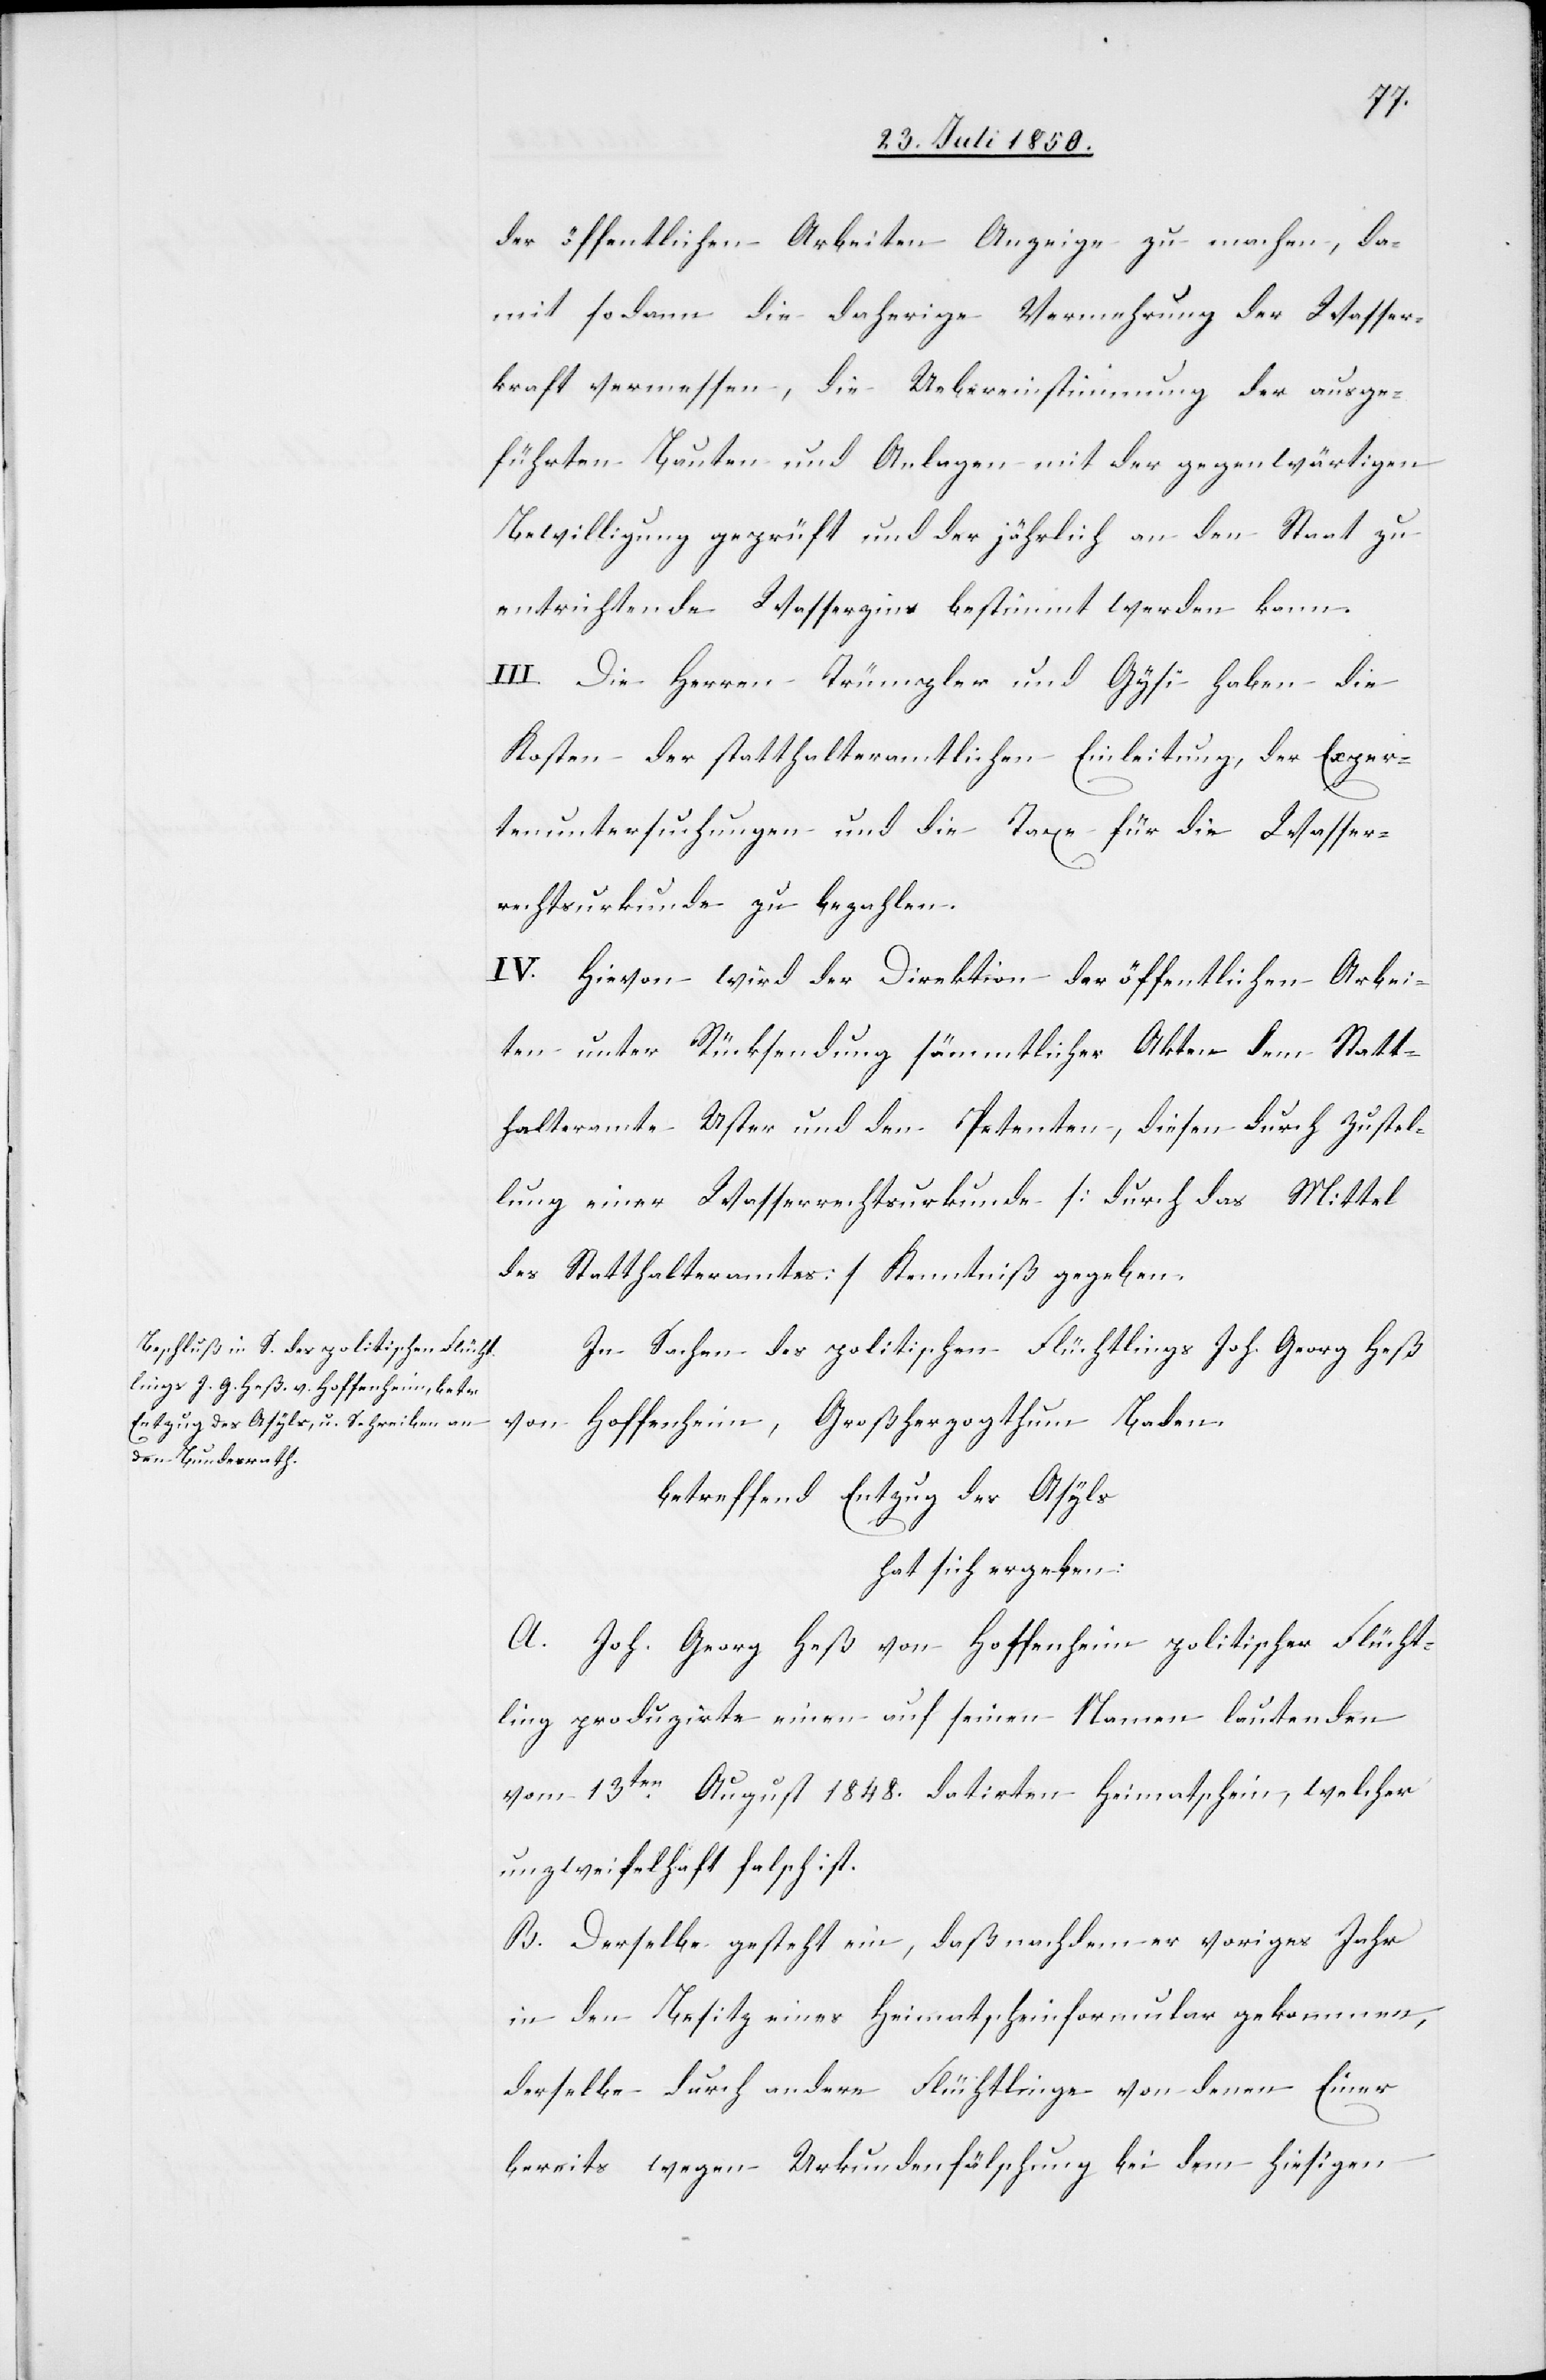
der öffentlichen Arbeiten Anzeige zu machen, da¬
mit sodann die daherige Vermehrung der Wasser¬
kraft vermessen, die Uebereinstimmung der ausge¬
führten Bauten und Anlagen mit der gegenwärtigen
Bewilligung geprüft und der jährlich an den Staat zu
entrichtende Wasserzins bestimmt werden kann.
III. Die Herren Trümpler und Gysi haben die
Kosten der statthalteramtlichen Einleitung, der Exper¬
tenuntersuchungen und die Taxe für die Wasser¬
rechtsurkunde zu bezahlen.
IV. Hievon wird der Direktion der öffentlichen Arbei¬
ten unter Rücksendung sämmtlicher Akten dem Statt¬
halteramte Uster und den Petenten, diesen durch Zustel¬
lung einer Wasserrechtsurkunde [durch das Mittel
des Statthalteramtes] Kenntniß gegeben.
In Sachen des politischen Flüchtlings Joh. Georg Heß
von Hoffenheim, Großherzogthum Baden
betreffend Entzug des Asyls.
hat sich ergeben:
A. Joh. Georg Heß von Hoffenheim politischer Flücht¬
ling produzirte einen auf seinen Namen lautenden
vom 13ten August 1848. datirten Heimatschein, welcher
unzweifelhaft falsch ist.
B. Derselbe gesteht ein, daß nachdem er voriges Jahr
in den Besitz eines Heimatscheinformular gekommen,
derselbe durch andere Flüchtlinge von denen Einer
bereits wegen Urkundenfälschung bei dem hiesigen